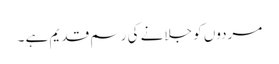
مردوں کو جلانے کی رسم قدیم ہے ۔